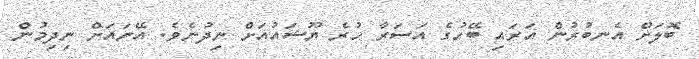
ބޮލަށް އެނބުރުން އަރައި ބޭހުގެ އަސަރާ ހުރެ ޔޫޝައުއަށް ނިދުނެވެ. އޭނައަށް ނިދިމުން